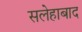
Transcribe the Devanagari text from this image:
सलेहाबाद